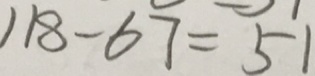
1 1 8 - 6 7 = 5 1